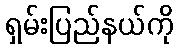
ရှမ်းပြည်နယ်ကို